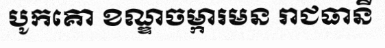
បូកគោ ខណ្ឌចម្ការមន រាជធានី